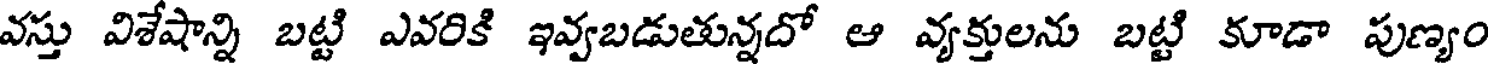
వస్తు విశేషాన్ని బట్టి ఎవరికి ఇవ్వబడుతున్నదో ఆ వ్యక్తులను బట్టి కూడా పుణ్యం